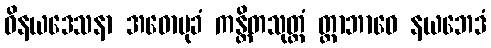
ဝိနယဒေသနာ အဓောမုခံ ကန္တိတသုတ္တံ တ္တာဘာဝေ နယဘေဒံ